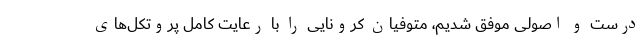
درست و اصولی موفق شدیم، متوفیان کرونایی را با رعایت کامل پروتکل‌های